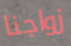
زواجنا